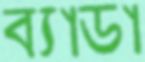
ব্যাডা